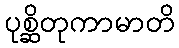
ပုစ္ဆိတုကာမာတိ